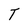
Character: T